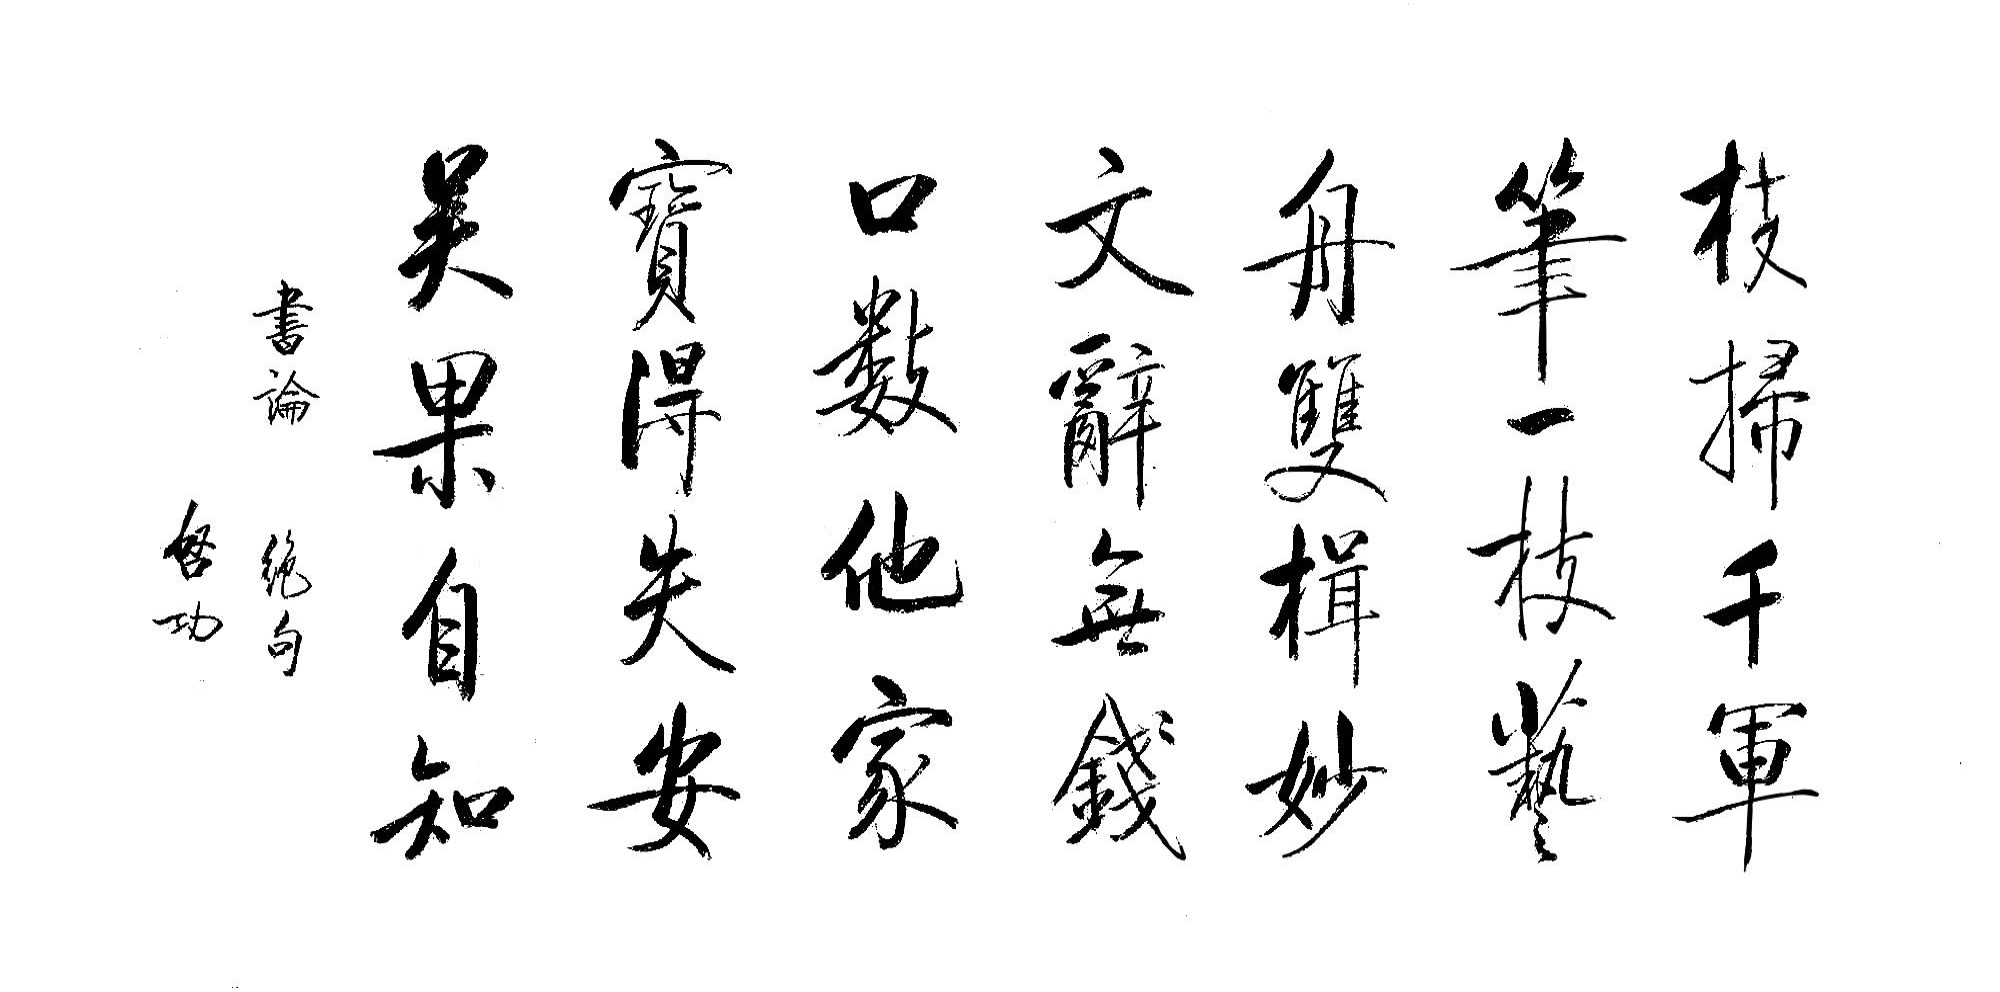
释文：横扫千军笔一枝；艺舟双揖妙文辞。无钱口数他家宝；得失安吴果自知。书论书绝句；启功。